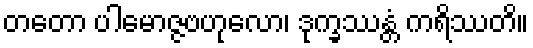
တတော ပါမောဇ္ဇဗဟုလော၊ ဒုက္ခဿန္တံ ကရိဿတိ။